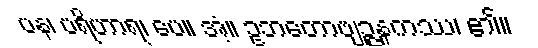
ပန၊ ပရိဟာရ၊ ပေ။ အံ့။ ဥဘတောဗျဉ္ဇနကဿ၊ ၏။